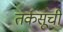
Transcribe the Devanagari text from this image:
तर्कसूची